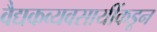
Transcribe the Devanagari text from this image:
वैद्यकव्यवसायींकडून